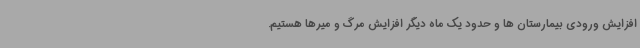
افزایش ورودی بیمارستان ها و حدود یک ماه دیگر افزایش مرگ و میرها هستیم.